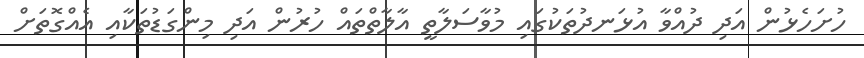
ހުށަހެޅުން އަދި ދުއްވާ އުޅަނދުތަކުގައި މުވާސަލާތީ އާލާތްތައް ހުރުން އަދި މިންގަޑުތަކާއި އެއްގޮތަށް